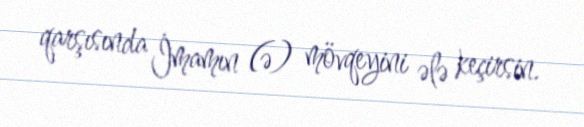
qarşısında İmamın (ə) mövqeyini ələ keçirsin.